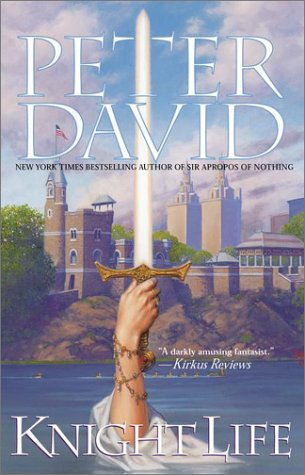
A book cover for Knight Life; Peter David; Science Fiction & Fantasy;